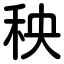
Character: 秧